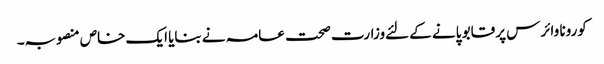
کورونا وائرس پر قابو پانے کے لئےوزارت صحت عامہ نے بنایا ایک خاص منصوبہ۔